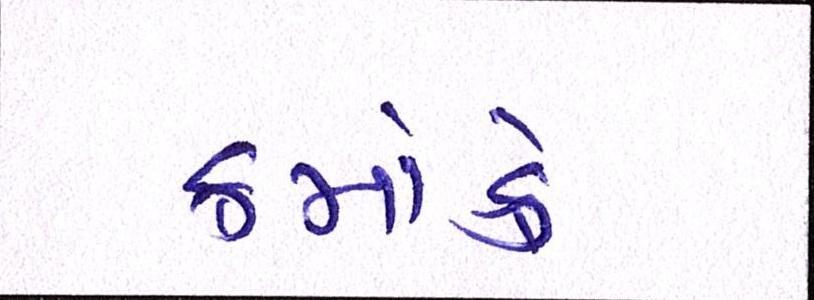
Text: ક્રમાંકે